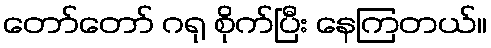
တော်တော် ဂရု စိုက်ပြီး နေကြတယ်။